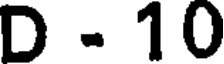
D . 10